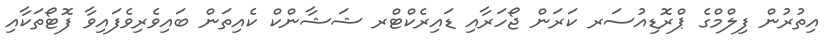
އިތުރުން ފިލްމްގެ ޕްރޮޑިއުސަރ ކަރަން ޖޯހަރާއި ޑައިރެކްޓްރ ޝަޝާންކް ކެއިތަން ބައިވެރިވެފައިވާ ފޮޓޯތަކާއި